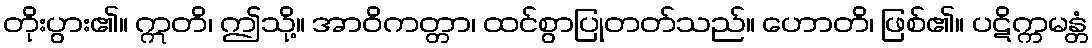
တိုးပွား၏။ ဣတိ၊ ဤသို့။ အာဝိကတ္တာ၊ ထင်စွာပြုတတ်သည်။ ဟောတိ၊ ဖြစ်၏။ ပဋိက္ကမန္တံ